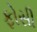
ફોસી